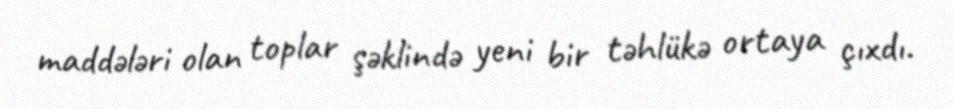
maddələri olan toplar şəklində yeni bir təhlükə ortaya çıxdı.